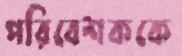
পরিবেশককে